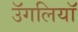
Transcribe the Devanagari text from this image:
उॅगलियाॅ